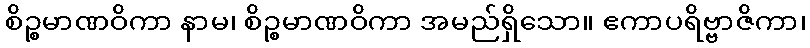
စိဉ္စမာဏဝိကာ နာမ၊ စိဉ္စမာဏဝိကာ အမည်ရှိသော။ ဧကာပရိဗ္ဗာဇိကာ၊